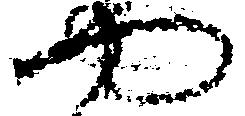
や